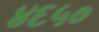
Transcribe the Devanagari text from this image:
४६५०